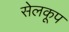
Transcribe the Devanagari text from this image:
सेलकूप